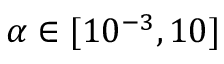
\alpha \in [ 1 0 ^ { - 3 } , 1 0 ]